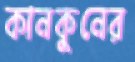
কানকুনের